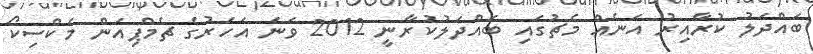
ބައްދަލު ކުރާއިރު އަނެއް މެޗުގައި ބައްދަލުކުރާނީ 2012 ވަނަ އަހަރުގެ ޗެމްޕިއަން މެކްސިކޯ